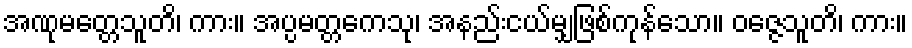
အဏုမတ္တေသူတိ၊ ကား။ အပ္ပမတ္တကေသု၊ အနည်းငယ်မျှဖြစ်ကုန်သော။ ဝဇ္ဇေသူတိ၊ ကား။